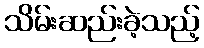
သိမ်းဆည်းခဲ့သည့်